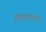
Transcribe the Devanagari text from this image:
इसकाळ